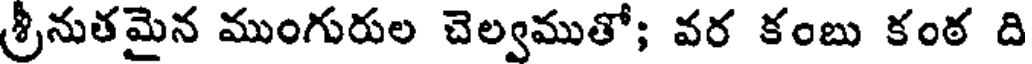
శ్రీనుతమైన ముంగురుల చెల్వముతో; వర కంబు కంఠ ది